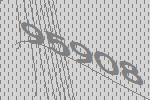
95908